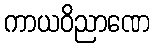
ကာယဝိညာဏေ